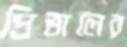
প্রিভালের